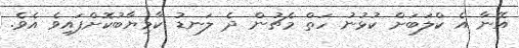
އޭނާ އެ ކްލަބަށް ކުޅުނު ހަތް މެޗުން ދެ ލަނޑު ކާމިޔާބުކޮށްފައިވެ އެވެ.